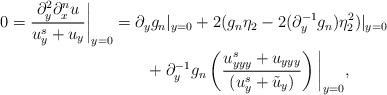
LaTeX: \begin{align*}0=\frac{{\partial^2_{y}{\partial^n_x u}}}{u^s_y + {u}_y}\bigg|_{y=0} &= \partial_y g_n|_{y=0} + 2(g_n \eta_2 - 2 (\partial^{-1}_y g_n )\eta_2^2)|_{y=0}\\ &\qquad+ \partial^{-1}_y g_n \left(\frac{u_{yyy}^s + {u}_{yyy}}{(u^s_y + \tilde{u}_y)}\right)\bigg|_{y=0},\end{align*}